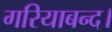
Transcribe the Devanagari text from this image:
गरियाबन्द।